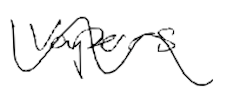
Text: vapors
Cross-out: wave
Writing tool: digital_black